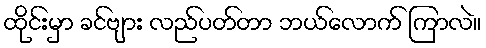
ထိုင်းမှာ ခင်ဗျား လည်ပတ်တာ ဘယ်လောက် ကြာလဲ။